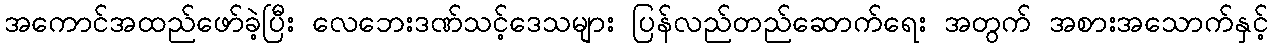
အကောင်အထည်ဖော်ခဲ့ပြီး လေဘေးဒဏ်သင့်ဒေသများ ပြန်လည်တည်ဆောက်ရေး အတွက် အစားအသောက်နှင့်